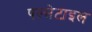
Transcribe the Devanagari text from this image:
पल्सेटाइल